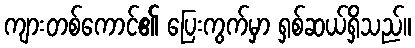
ကျားတစ်ကောင်၏ ပြေးကွက်မှာ ရှစ်ဆယ်ရှိသည်။